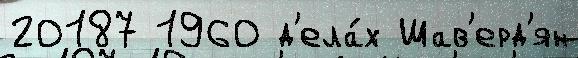
20187 1960 д'ела́х Шав'ерд'ян